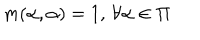
m ( \alpha , \alpha ) = 1 , \, \forall \alpha \in \Pi